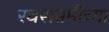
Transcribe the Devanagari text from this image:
रथसप्तमीच्या